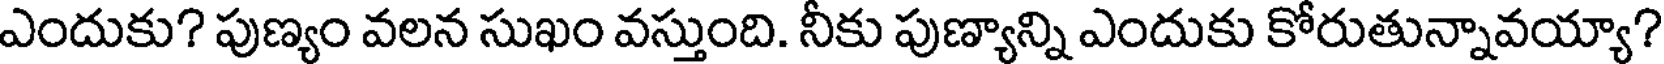
ఎందుకు? పుణ్యం వలన సుఖం వస్తుంది. నీకు పుణ్యాన్ని ఎందుకు కోరుతున్నావయ్యా?